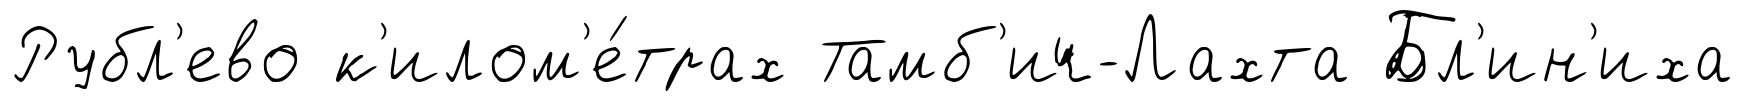
Рубл'ево к'илом'е́трах Тамб'ич-Лахта Бл'ин'иха